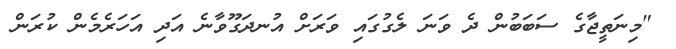
"މިނަތީޖާގެ ސަބަބުން ދެ ވަނަ ލެގުގައި ވަރަށް އުނދަގޫވާނެ އަދި އަހަރެމެން ކުރަން